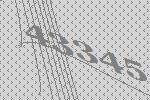
43345